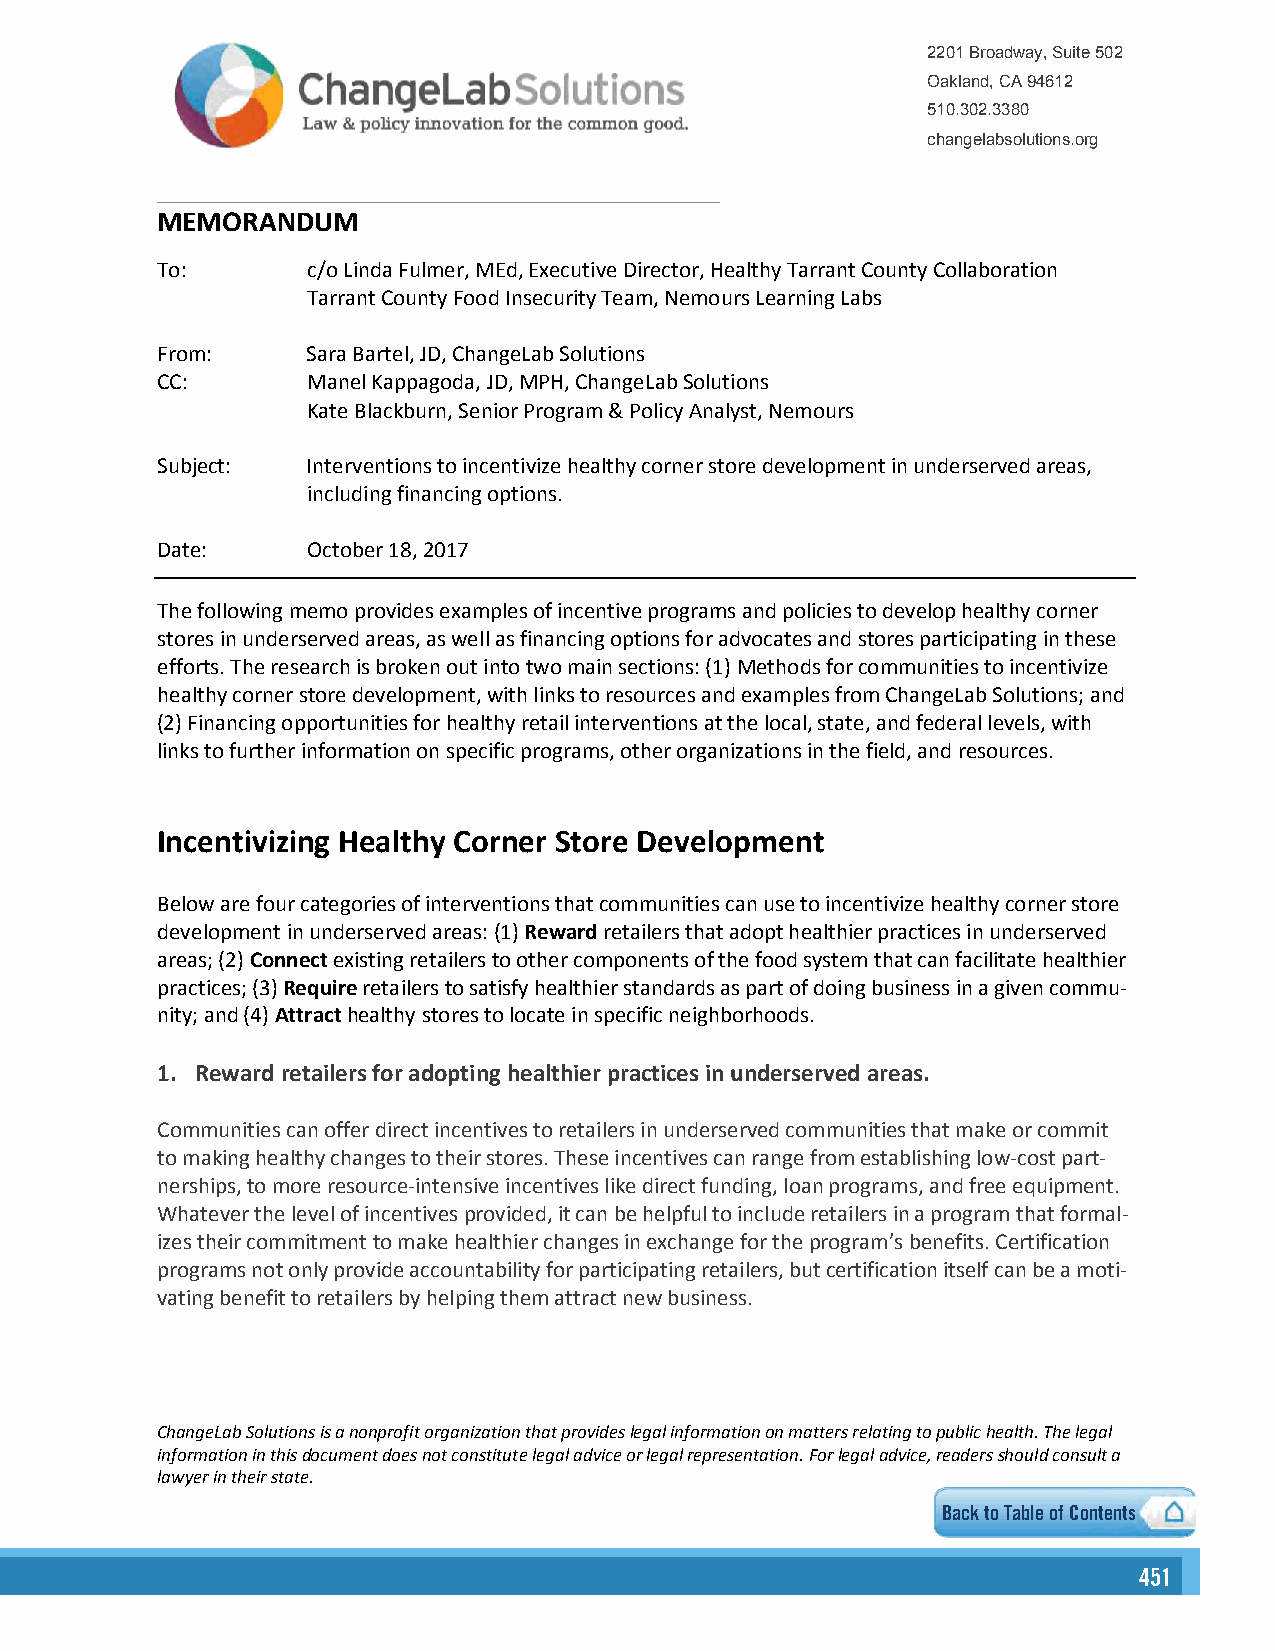
2201 Broadway, Suite 502
 Oakland, CA 94612
 510.302.3380
 changelabsolutions.org
 MEMORANDUM
 To:       c/o Linda Fulmer, MEd, Executive Director, Healthy Tarrant County Collaboration
 Tarrant County Food Insecurity Team, Nemours Learning Labs
 From:     Sara Bartel, JD, ChangeLab Solutions
 CC:       Manel Kappagoda, JD, MPH, ChangeLab Solutions
 Kate Blackburn, Senior Program & Policy Analyst, Nemours
 Subject:  Interventions to incentivize healthy corner store development in underserved areas,
 including financing options.
 Date:     October 18, 2017
 The following memo provides examples of incentive programs and policies to develop healthy corner
 stores in underserved areas, as well as financing options for advocates and stores participating in these
 efforts. The research is broken out into two main sections: (1) Methods for communities to incentivize
 healthy corner store development, with links to resources and examples from ChangeLab Solutions; and
 (2)Financing opportunities for healthy retail interventions at the local, state, and federal levels, with
 links to further information on specific programs, other organizations in the field, and resources.
 Incentivizing Healthy Corner Store Development
 Below are four categories of interventions that communities can use to incentivize healthy corner store
 development in underserved areas: (1) Reward retailers that adopt healthier practices in underserved
 areas; (2) Connect existing retailers to other components of the food system that can facilitate healthier
 practices; (3) Require retailers to satisfy healthier standards as part of doing business in a given commu-
 nity; and (4) Attract healthy stores to locate in specific neighborhoods.
 1. Reward retailers for adopting healthier practices in underserved areas.
 Communities can offer direct incentives to retailers in underserved communities that make or commit
 to making healthy changes to their stores. These incentives can range from establishing low-cost part-
 nerships, to more resource-intensive incentives like direct funding, loan programs, and free equipment.
 Whatever the level of incentives provided, it can be helpful to include retailers in a program that formal-
 izes their commitment to make healthier changes in exchange for the program’s benefits. Certification
 programs not only provide accountability for participating retailers, but certification itself can be a moti-
 vating benefit to retailers by helping them attract new business.
 ChangeLab Solutions is a nonprofit organization that provides legal information on matters relating to public health. The legal
 information in this document does not constitute legal advice or legal representation. For legal advice, readers should consult a
 lawyer in their state.
 Back to Table of Contents
 445511